system: You are a helpful assistant.
user:
Analyze the provided spectrum to determine if it is a **M-type Giant (gM)**.

A M-type Giant spectrum is defined by its **strong molecular absorption** features, particularly from **Titanium Oxide (TiO)**. You must check for one of the following mutually exclusive signatures:

- **Key Visual Indicators (Absorption-Dominated Spectrum):**

    - **(Primary):** The spectrum is dominated by strong molecular absorption from **Titanium Oxide (TiO)**. This is the **defining feature** of its M-type temperature class.
        - **(Key Bandheads):** Look for sharp, "saw-tooth" absorption valleys. The strongest are located near **~7050 Å**, **~6160 Å**, and **~5170 Å**.
        - **(Line Profile):** The "saw-tooth" morphology is critical: a **sharp, steep drop on the BLUE (short-wavelength) side** of the bandhead, followed by a gradual recovery (rising flux) towards the RED (long-wavelength) side.

    - **(Key Confirmation - Giant vs. Dwarf):** **ABSENCE** of strong **Calcium Hydride (CaH)** molecular bands. This is the primary diagnostic for *excluding* M-dwarfs.
        - **(Key Region):** The spectrum should lack the strong, broad absorption band seen in dwarfs between **~6800 Å and ~7000 Å**.

    - **(Secondary Confirmation - Giant):** A very strong and broad **Neutral Calcium (Ca I)** atomic absorption line.
        - **(Key Line):** Located at **~4226 Å**. In a giant (gM), this line is significantly deeper and broader than the same line in an M-dwarf (dM) due to low surface gravity.

    - **(Overall Spectrum):**
        - The continuum is **extremely red-sloping** (i.e., flux is very low in the blue and rises dramatically towards the red).
        - The entire spectrum appears "chopped up" by the deep TiO bands.

Think first, call **spectral_visualization_tool** if needed to examine features in detail, then provide your final answer. Your response must adhere to the following strict rules:
1.  **Overall Structure:** Your response must follow the format `<think>...</think> <tool_call>...</tool_call> (if a tool is used) <answer>...</answer>`.
2.  **Tool Usage Constraint:** You may only make **one** tool call per turn.
3.  **Final Answer Format:** In the `<answer>` tag, your conclusion must be inside a `\boxed{}` command (e.g., `\boxed{YES}` or `\boxed{NO}`), followed by your justification.

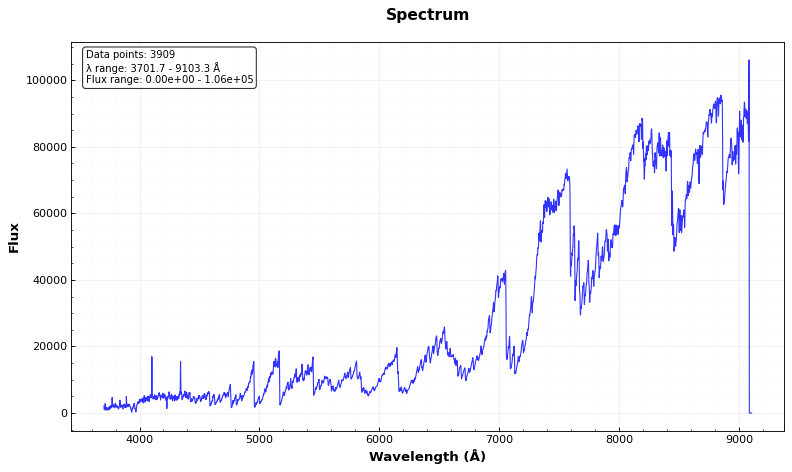
Answer: YES